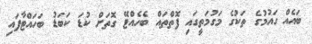
ބައެއް ގައުމުގެ ތަކުގެ މަގުމަތީގައި ފޮތްތައް ބެހެއްޓޭ ގޮތަށް ކުޑަ ކަބަޑު ބަހައްޓާފައި